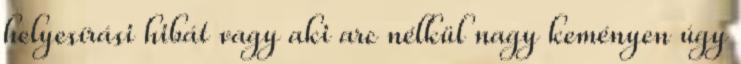
helyesí­rási hibát vagy aki arc nélkül nagy keményen úgy